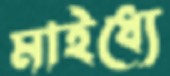
মাইধ্যে